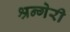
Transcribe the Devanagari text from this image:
श्रन्गेरी